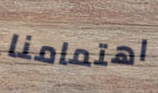
اهتمامنا